Annual returns of the Patna Lunatic Asylum at Bankipore in Bihar and Orissa - 1912-1924
Year: 1912
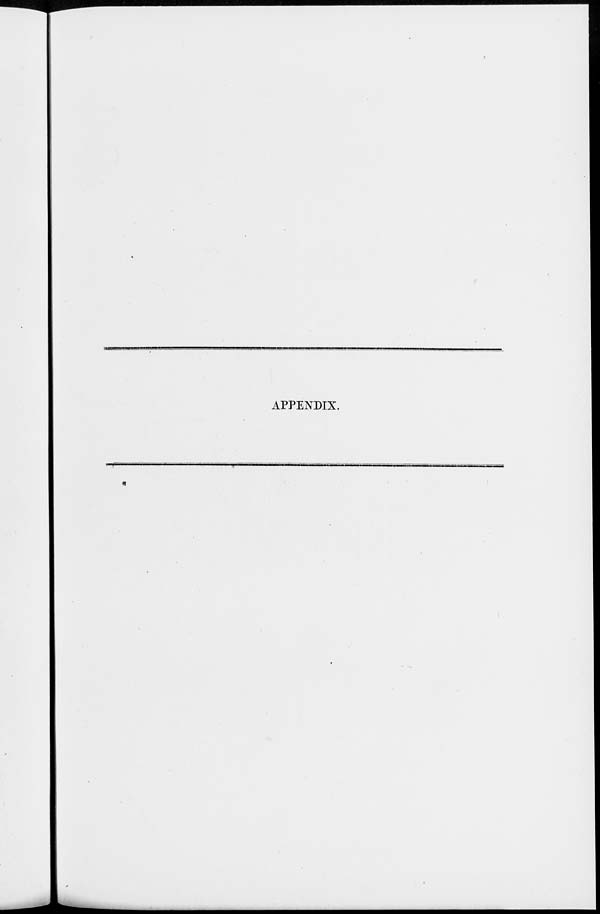
APPENDIX.